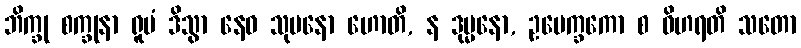
ဘိက္ခု စက္ခုနာ ရူပံ ဒိသွာ နေဝ သုမနော ဟောတိ, န ဒုမ္မနော, ဥပေက္ခကော စ ဝိဟရတိ သတော